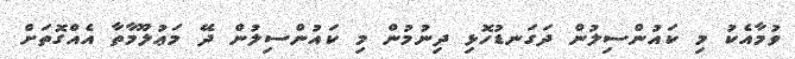
ވުމާއެކު މި ކައުންސިލުން ދަގަނޑުހޮޅި ދިނުމުން މި ކައުންސިލުން ދޭ މަޢުލޫމާތާ އެއްގޮތަށް